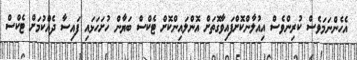
އެހެންނަމަވެސް ކުރިންވެސް އިއުލާންކޮށްފައިވާގޮތަށް އޮންލައިންކޮށް ޓެކްސް ބަޔާން ހުށަހަޅައި ފައިސާ ދެއްކުމަށް ޓެކްސް